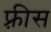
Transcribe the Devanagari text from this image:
फ़्रीस